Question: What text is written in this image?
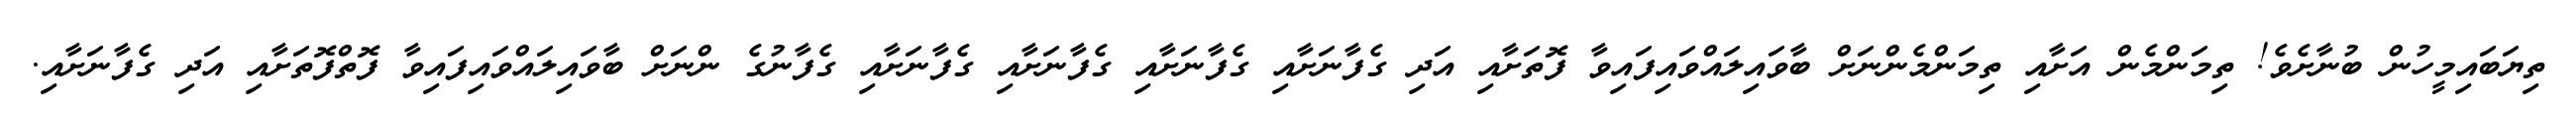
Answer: ތިޔަބައިމީހުން ބުނާށެވެ! ތިމަންމެން އަށާއި ތިމަންމެންނަށް ބާވައިލައްވައިފައިވާ ފޮތަށާއި އަދި ގެފާނަށާއި ގެފާނަށާއި ގެފާނަށާއި ގެފާނަށާއި ގެފާނުގެ ންނަށް ބާވައިލައްވައިފައިވާ ފޮތްފޮތަށާއި އަދި ގެފާނަށާއި.